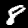
Label: 8